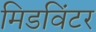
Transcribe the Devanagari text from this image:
मिडविंटर